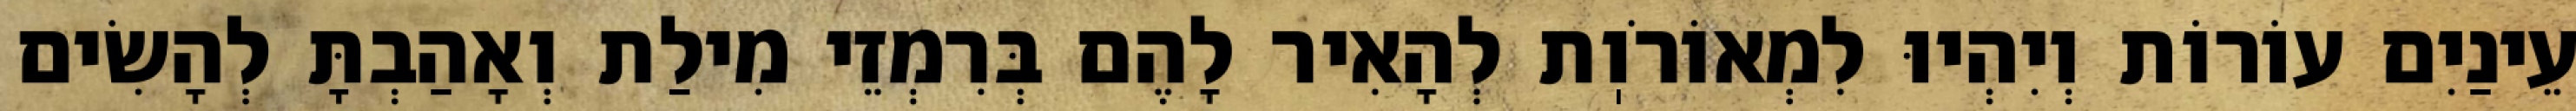
עֵינַיִם עוֹרוֹת וְיִהְיוּ לִמְאוֹרֹוֽת לְהָאִיר לָהֶם בְּרִמְזֵי מִילַת וְאָהַבְתָּ לְהָשִׂים